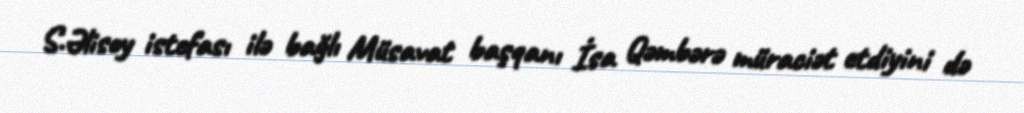
S.Əlisoy istefası ilə bağlı Müsavat başqanı İsa Qəmbərə müraciət etdiyini də